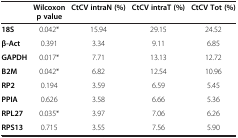
<table><thead><tr><td><b> </b></td><td><b>Wilcoxon p value</b></td><td><b>CtCV intraN (%)</b></td><td><b>CtCV intraT (%)</b></td><td><b>CtCV Tot (%)</b></td></tr></thead><tbody><tr><td><b>18S</b></td><td>0.042*</td><td>15.94</td><td>29.15</td><td>24.52</td></tr><tr><td><b>β</b><b>-Act</b></td><td>0.391</td><td>3.34</td><td>9.11</td><td>6.85</td></tr><tr><td><b>GAPDH</b></td><td>0.017*</td><td>7.71</td><td>13.13</td><td>12.72</td></tr><tr><td><b>B2M</b></td><td>0.042*</td><td>6.82</td><td>12.54</td><td>10.96</td></tr><tr><td><b>RP2</b></td><td>0.194</td><td>3.59</td><td>6.59</td><td>5.45</td></tr><tr><td><b>PPIA</b></td><td>0.626</td><td>3.58</td><td>6.66</td><td>5.36</td></tr><tr><td><b>RPL27</b></td><td>0.035*</td><td>3.97</td><td>7.06</td><td>6.26</td></tr><tr><td><b>RPS13</b></td><td>0.715</td><td>3.55</td><td>7.56</td><td>5.90</td></tr></tbody></table>